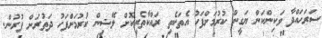
ސަރަހައްދާ ވަކިންކަން ޔަގީން ކުރުމަށްފަހު އެތަކެތި ރައްކާތެރިކޮށް ލޭޝިން ކުރުމަށްފަހު ދަތުރަށް ފުރުން.